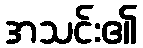
အသင်း၏